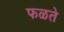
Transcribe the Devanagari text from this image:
फळते